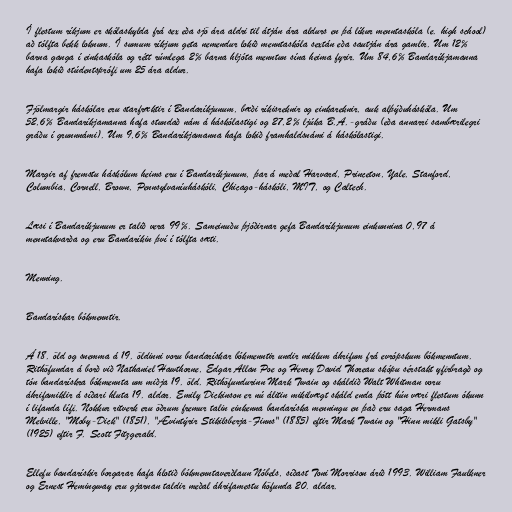
Í flestum ríkjum er skólaskylda frá sex eða sjö ára aldri til átján ára aldurs en þá líkur menntaskóla (e. high school)
að tólfta bekk loknum. Í sumum ríkjum geta nemendur lokið menntaskóla sextán eða sautján ára gamlir. Um 12%
barna ganga í einkaskóla og rétt rúmlega 2% barna hljóta menntun sína heima fyrir. Um 84,6% Bandaríkjamanna
hafa lokið stúdentsprófi um 25 ára aldur.

Fjölmargir háskólar eru starfræktir í Bandaríkjunum, bæði ríkisreknir og einkareknir, auk alþýðuháskóla. Um
52,6% Bandaríkjamanna hafa stundað nám á háskólastigi og 27,2% ljúka B.A.-gráðu (eða annarri sambærilegri
gráðu í grunnnámi). Um 9,6% Bandaríkjamanna hafa lokið framhaldsnámi á háskólastigi.

Margir af fremstu háskólum heims eru í Bandaríkjunum, þar á meðal Harvard, Princeton, Yale, Stanford,
Columbia, Cornell, Brown, Pennsylvaníuháskóli, Chicago-háskóli, MIT, og Caltech.

Læsi í Bandaríkjunum er talið vera 99%. Sameinuðu þjóðirnar gefa Bandaríkjunum einkunnina 0,97 á
menntakvarða og eru Bandaríkin því í tólfta sæti.

Menning.

Bandarískar bókmenntir.

Á 18. öld og snemma á 19. öldinni voru bandarískar bókmenntir undir miklum áhrifum frá evrópskum bókmenntum.
Rithöfundar á borð við Nathaniel Hawthorne, Edgar Allan Poe og Henry David Thoreau skópu sérstakt yfirbragð og
tón bandarískra bókmennta um miðja 19. öld. Rithöfundurinn Mark Twain og skáldið Walt Whitman voru
áhrifamiklir á síðari hluta 19. aldar. Emily Dickinson er nú álitin mikilvægt skáld enda þótt hún væri flestum ókunn
í lifanda lífi. Nokkur ritverk eru öðrum fremur talin einkenna bandaríska menningu en það eru saga Hermans
Melville, "Moby-Dick" (1851), "Ævintýrir Stikilsberja-Finns" (1885) eftir Mark Twain og "Hinn mikli Gatsby"
(1925) eftir F. Scott Fitzgerald.

Ellefu bandarískir borgarar hafa hlotið bókmenntaverðlaun Nóbels, síðast Toni Morrison árið 1993. William Faulkner
og Ernest Hemingway eru gjarnan taldir meðal áhrifamestu höfunda 20. aldar.